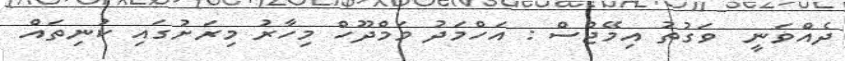
ދެއްވަނީ  ވަގުތު އިމޭޖްސް : އަހްމަދު މަމްދޫހް މިހާރު މިރަށުގައި ކުނިތައް